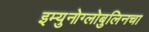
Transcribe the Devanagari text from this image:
इम्युनोग्लोबुलिनचा